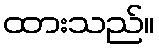
ထားသည်။